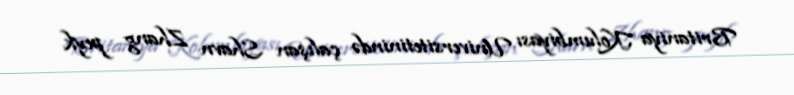
Britaniya Kolumbiyası Universitetinində çalışan Shavn Zhang peyk